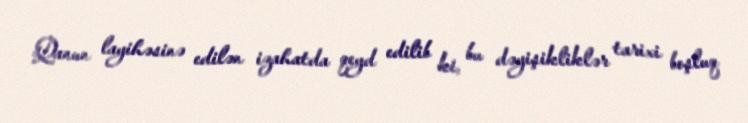
Qanun layihəsinə edilən izahatda qeyd edilib ki, bu dəyişikliklər tarixi boşluq